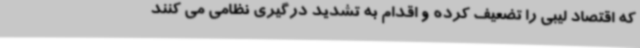
که اقتصاد لیبی را تضعیف کرده و اقدام به تشدید درگیری نظامی می کنند